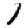
Digit: 1